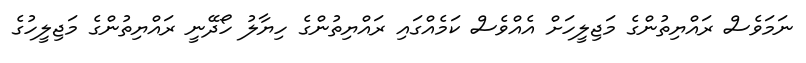
ނަމަވެސް ރައްޔިތުންގެ މަޖިލީހަށް އެއްވެސް ކަމެއްގައި ރައްޔިތުންގެ ހިޔާލު ހޯދޭނީ ރައްޔިތުންގެ މަޖިލީހުގެ